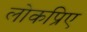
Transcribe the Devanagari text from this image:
लोकप्रिए